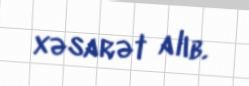
xəsarət alıb.